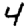
Digit: 4